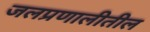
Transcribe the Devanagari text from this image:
जलप्रणालीतील